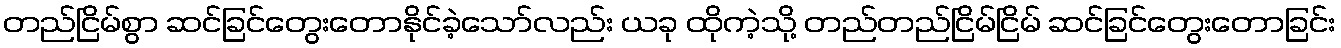
တည်ငြိမ်စွာ ဆင်ခြင်တွေးတောနိုင်ခဲ့သော်လည်း ယခု ထိုကဲ့သို့ တည်တည်ငြိမ်ငြိမ် ဆင်ခြင်တွေးတောခြင်း